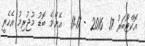
އޮކްޓޯބަރު 17